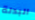
البدلة